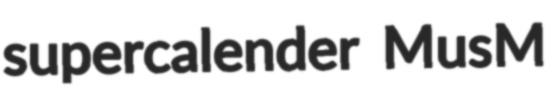
supercalender MusM